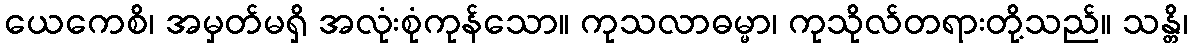
ယေကေစိ၊ အမှတ်မရှိ အလုံးစုံကုန်သော။ ကုသလာဓမ္မာ၊ ကုသိုလ်တရားတို့သည်။ သန္တိ၊